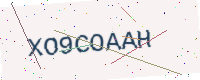
Text: XO9COAAH